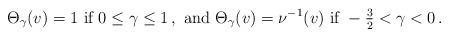
LaTeX: \begin{align*} \begin{aligned} \Theta_\gamma (v) = 1 \textrm{ if } 0 \leq \gamma \leq 1 \,, \textrm{ and } \Theta_\gamma (v) = \nu^{-1} (v) \textrm{ if } - \tfrac{3}{2} < \gamma < 0 \,. \end{aligned} \end{align*}